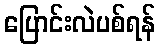
ပြောင်းလဲပစ်ရန်